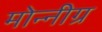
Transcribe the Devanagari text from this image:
मोन्नीग्र